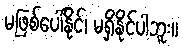
မဖြစ်ပေါ်နိုင်၊ မရှိနိုင်ပါဘူး။